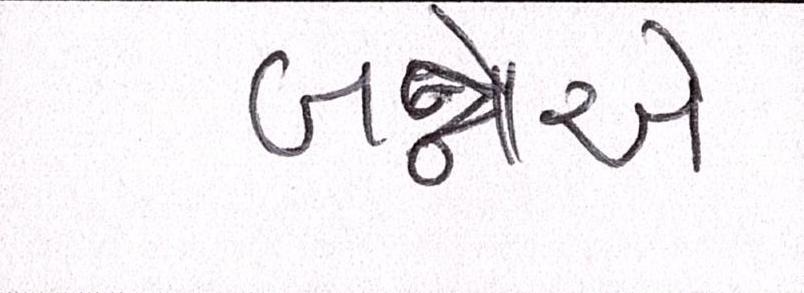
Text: બન્નેએ